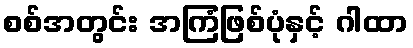
စစ်အတွင်း အကြံဖြစ်ပုံနှင့် ဂါထာ